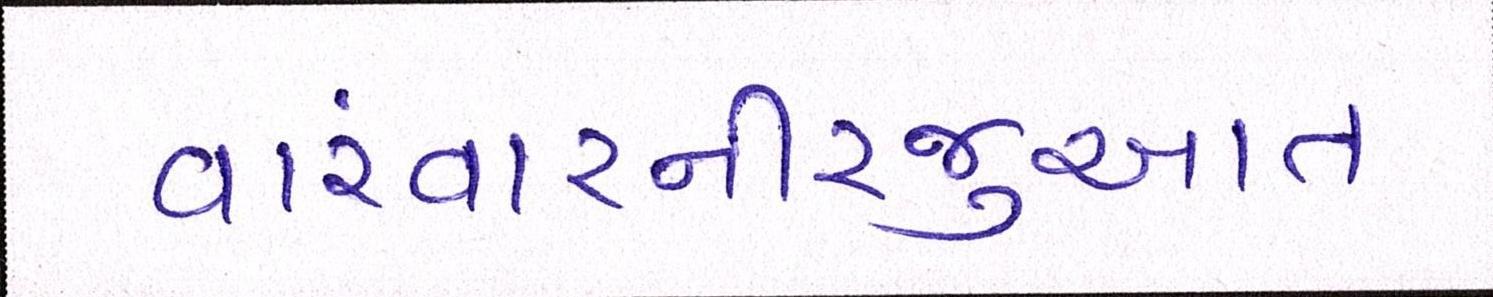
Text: વારંવારનીરજુઆત